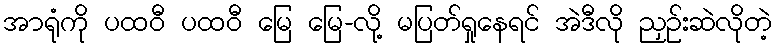
အာရုံကို ပထဝီ ပထဝီ မြေ မြေ-လို့ မပြတ်ရှုနေရင် အဲဒီလို ညှဉ်းဆဲလိုတဲ့